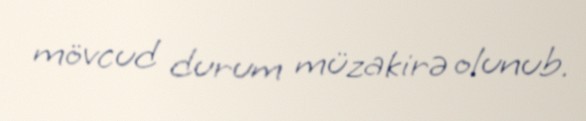
mövcud durum müzakirə olunub.